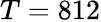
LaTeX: T=812